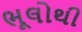
ભૂલોથી